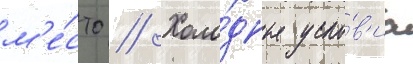
м'е́сто // Холо́дные усло́в'иа